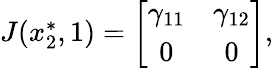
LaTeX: \begin{array}{r}{J(x_{2}^{*},1)=\left[{\begin{array}{cc}{\gamma_{11}}&{\gamma_{12}}\\ {0}&{0}\end{array}}\right],}\end{array}